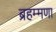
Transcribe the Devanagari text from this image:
ब्रहम्मणा